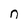
Character: n